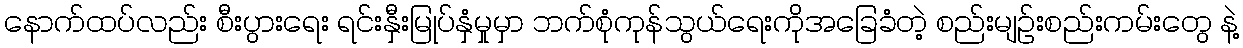
နောက်ထပ်လည်း စီးပွားရေး ရင်းနှီးမြုပ်နှံမှုမှာ ဘက်စုံကုန်သွယ်ရေးကိုအခြေခံတဲ့ စည်းမျဉ်းစည်းကမ်းတွေ နဲ့